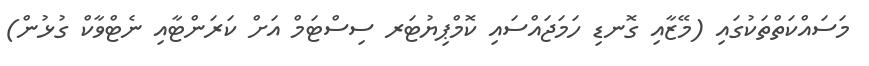
މަސައްކަތްތަކުގައި (މޭޒާއި ގޮނޑި ހަމަޖައްސައި ކޮމްޕިޔުޓަރ ސިސްޓަމް އަށް ކަރަންޓާއި ނެޓްވާކް ގުޅުން)